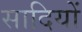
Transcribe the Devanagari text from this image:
सादियों